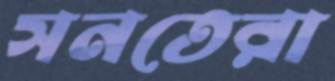
সনতেরা